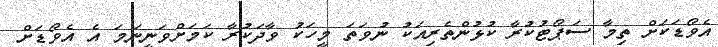
އެވޯޑަކަށް ތިމާ ސަޕޯޓުކުރާ ކުޅުންތެރިއަކު ނުވަތަ މީހަކު ވާދަކުރާ ކަމަށްވަނީނަމަ އެ އެވޯޑަށް